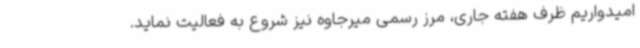
امیدواریم ظرف هفته جاری، مرز رسمی میرجاوه نیز شروع به فعالیت نماید.